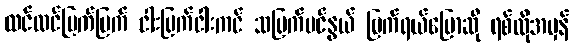
ထင်ထင်ပြက်ပြက် ငါးပြက်ငါးကင် သပြက်ပင်နွယ် ပြက်ရယ်ပြောဆို ရစ်လိုအမှန်